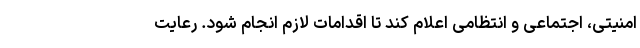
امنیتی، اجتماعی و انتظامی اعلام کند تا اقدامات لازم انجام شود. رعایت